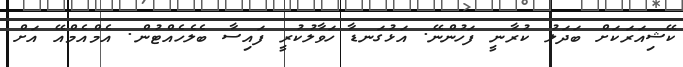
ކޭޝިއަރަކަށް ބަދަލު ކުރާނީ ފަހުންނޭ. އަޅުގަނޑާ ހަވާލުކުރީ ފައިސާ ބެލެހެއްޓުން. އެމްއެމްއޭ އަށް